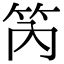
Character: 笍